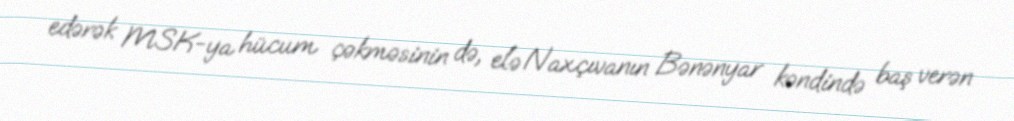
edərək MSK-ya hücum çəkməsinin də, elə Naxçıvanın Bənənyar kəndində baş verən